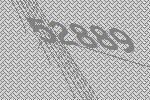
52889